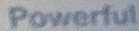
Powerful